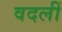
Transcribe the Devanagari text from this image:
वदलीं